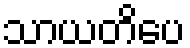
သာယတိပေ